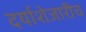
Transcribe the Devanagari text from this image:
दर्याशेजारीच